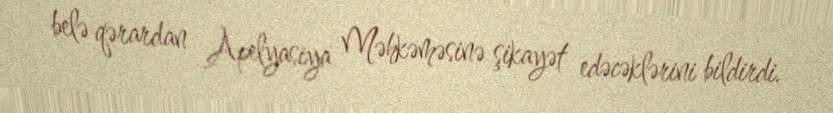
belə qərardan Apelyasiya Məhkəməsinə şikayət edəcəklərini bildirdi.